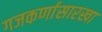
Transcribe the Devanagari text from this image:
गजकर्णासारखा